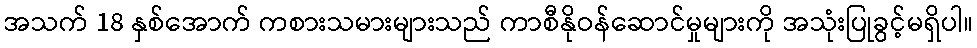
အသက် 18 နှစ်အောက် ကစားသမားများသည် ကာစီနိုဝန်ဆောင်မှုများကို အသုံးပြုခွင့်မရှိပါ။